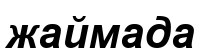
жаймада